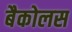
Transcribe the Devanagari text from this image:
बैकोलस